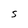
Character: S